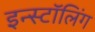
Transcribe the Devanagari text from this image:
इन्स्टॉलिंग